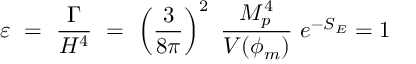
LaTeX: \varepsilon \ = \ \frac { \Gamma } { H ^ { 4 } } \ = \ \left( \frac { 3 } { 8 \pi } \right) ^ { 2 } \ \frac { M _ { p } ^ { 4 } } { V ( \phi _ { m } ) } \ e ^ { - S _ { E } } = 1